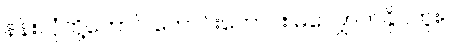
နန်းလုံတို့တောင် ကောင်းကောင်း မလျှောက်နိုင်ဘူး။